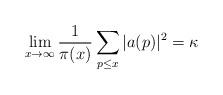
LaTeX: \begin{align*}\lim_{x\to\infty}\frac{1}{\pi (x)}\sum_{p\leq x} |a(p)|^2 = \kappa\end{align*}